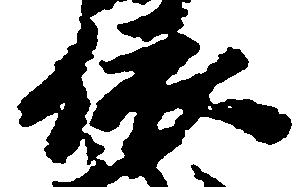
依